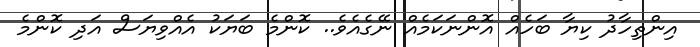
އިންތިހާދު ކިޔާ ބަހެއް އޮންނަކަމެއް ނޭގެއެވެ.. ކޮންމެ ބަޔަކު އެއްވިޔަސް އަދި ކޮންމެ